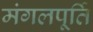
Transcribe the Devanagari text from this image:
मंगलपूर्ति